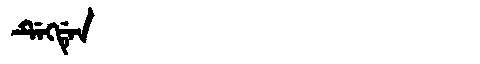
Manchu: ᡩᡝᡴᡩᡝᠨ
Romanization: DEKDEN